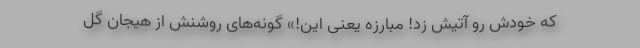
که خودش رو آتیش زد! مبارزه یعنی این!» گونه‌های روشنش از هیجان گل